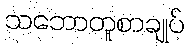
သဘောတူစာချုပ်